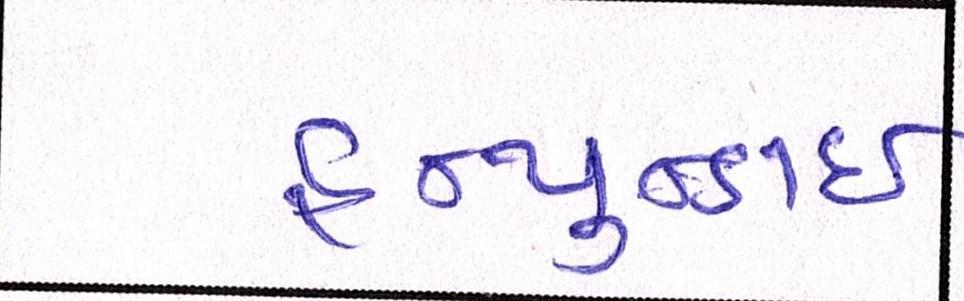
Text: હ્યુન્ડાઇ